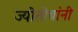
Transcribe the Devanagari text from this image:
ज्योतीबांनी